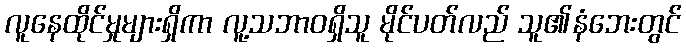
လူနေထိုင်မှုများရှိကာ လူ့သဘာဝရှိသူ မိုင်ပတ်လည် သူ၏နံဘေးတွင်